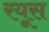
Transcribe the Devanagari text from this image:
रयूस